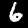
Digit: 6